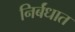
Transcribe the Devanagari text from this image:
निर्बंधात